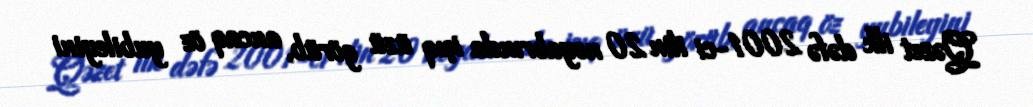
Qəzet ilk dəfə 2001-ci ilin 20 noyabrında işıq üzü görüb, ancaq öz yubileyini